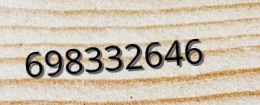
698332646